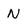
Character: N